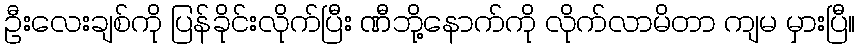
ဦးလေးချစ်ကို ပြန်ခိုင်းလိုက်ပြီး ဏီဘို့နောက်ကို လိုက်လာမိတာ ကျမ မှားပြီ။